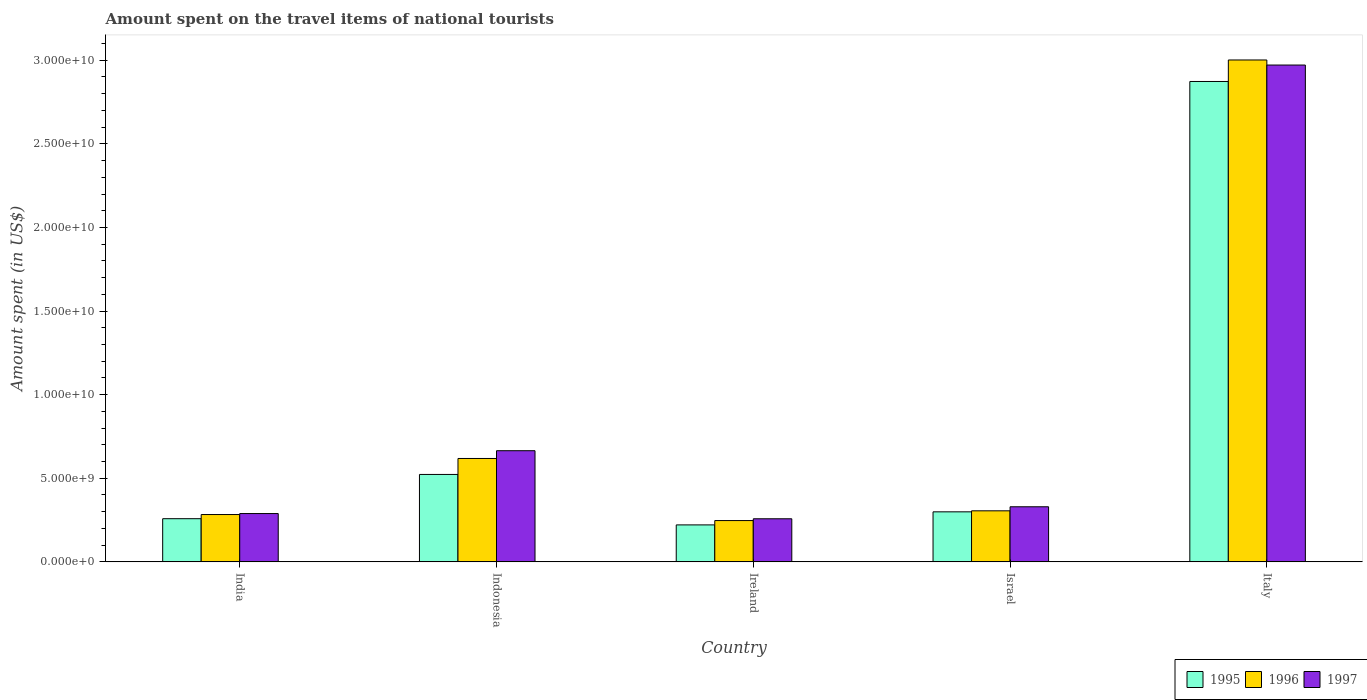
| Country | 1995 | 1996 | 1997 |
 | --- | --- | --- | --- |
 | India | 2.58e+09 | 2.83e+09 | 2.89e+09 |
 | Indonesia | 5.23e+09 | 6.18e+09 | 6.65e+09 |
 | Ireland | 2.21e+09 | 2.47e+09 | 2.58e+09 |
 | Israel | 2.99e+09 | 3.05e+09 | 3.3e+09 |
 | Italy | 2.87e+10 | 3e+10 | 2.97e+10 |